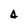
Character: 4